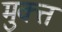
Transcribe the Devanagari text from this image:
मुक्त्त